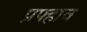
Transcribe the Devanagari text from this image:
प्रफ्हाव